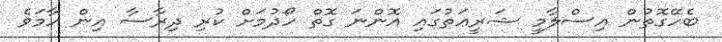
ބެހޭގޮތުން އިސްލާމީ ޝަރީޢަތުގައި އޮންނަ ގޮތް ހޯދުމަށް ކުރި ދިރާސާ އިން ހާމަވެ